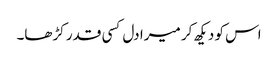
اس کو دیکھ کر میرا دل کسی قدر کڑھا۔